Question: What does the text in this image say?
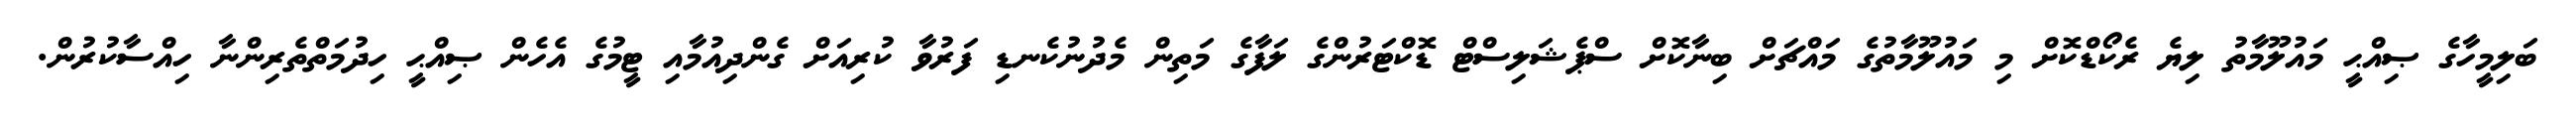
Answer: ބަލިމީހާގެ ޞިއްޙީ މައުލޫމާތު ލިޔެ ރެކޯޑްކޮށް މި މައުލޫމާތުގެ މައްޗަށް ބިނާކޮށް ސްޕެޝަލިސްޓް ޑޮކްޓަރުންގެ ލަފާގެ މަތިން މެދުނުކެނޑި ފަރުވާ ކުރިއަށް ގެންދިއުމާއި ޓީމުގެ އެހެން ޞިއްޙީ ހިދުމަތްތެރިންނާ ހިއްސާކުރުން.